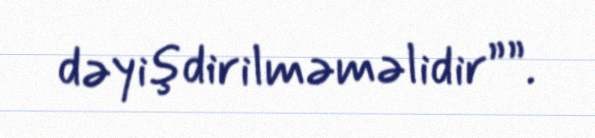
dəyişdirilməməlidir””.